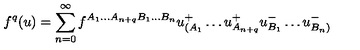
f ^ { q } ( u ) = \sum _ { n = 0 } ^ { \infty } f ^ { A _ { 1 } \ldots A _ { n + q } B _ { 1 } \ldots B _ { n } } u _ { ( A _ { 1 } } ^ { + } \ldots u _ { A _ { n + q } } ^ { + } u _ { B _ { 1 } } ^ { - } \ldots u _ { B _ { n } ) } ^ { - }